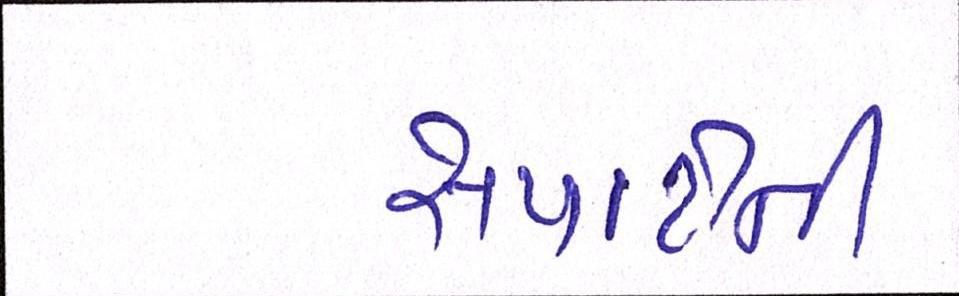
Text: સપાટીની